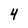
Character: 4